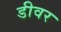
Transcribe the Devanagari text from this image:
डीवर